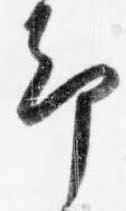
却